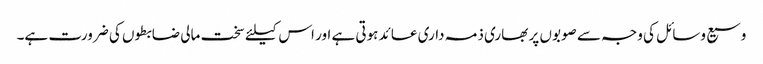
وسیع وسائل کی وجہ سے صوبوں پر بھاری ذمہ داری عائد ہوتی ہے اور اس کیلئے سخت مالی ضابطوں کی ضرورت ہے۔